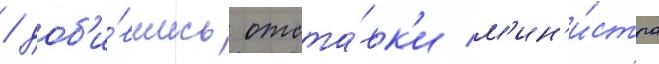
/ доб'и́вшись отста́вк'и м'ин'и́стра